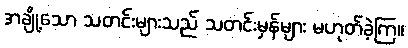
အချို့သော သတင်းများသည် သတင်းမှန်များ မဟုတ်ခဲ့ကြ။